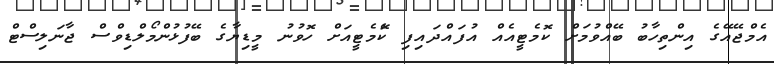
އެމްޖޭއޭގެ އިންތިހާބު ބޭއްވުމަށް ކޮމެޓީއެއް އުފައްދައިފި ކޮެމެޓީއަށް ހޮވުނު މީޑިޔާގެ ބޭފުޅުންމޯލްޑިވްސް ޖާނަލިސްޓް